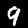
Label: 9